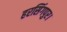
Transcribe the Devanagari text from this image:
हरसिंगपुर।